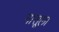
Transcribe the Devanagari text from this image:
नासूला